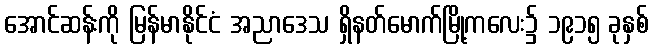
အောင်ဆန်းကို မြန်မာနိုင်ငံ အညာဒေသ ရှိနတ်မောက်မြို့ကလေး၌ ၁၉၁၅ ခုနှစ်